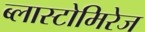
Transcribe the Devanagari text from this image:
ब्लास्टोमिरेज